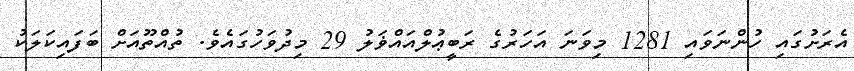
އެރަށުގައި ހުންނަވައި 1281 މިވަނަ އަހަރުގެ ރަބީޢުލްއައްޥަލު 29 މިދުވަހުގައެވެ. ތުއްތޫއަށް ބަފައިކަލަކު